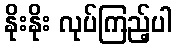
နိုးနိုး လုပ်ကြည့်ပါ